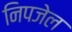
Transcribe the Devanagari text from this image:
निपजेल